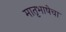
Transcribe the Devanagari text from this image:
मातृभाषेचा